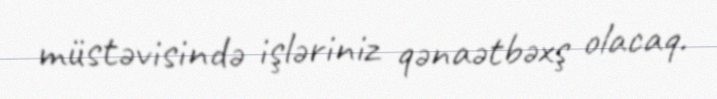
müstəvisində işləriniz qənaətbəxş olacaq.